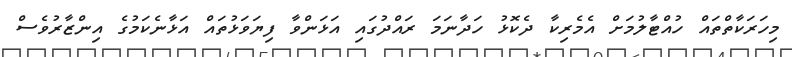
މިހަރަކާތްތައް ހުއްޓާލުމަށް އެމެރިކާ ދެކޮޅު ހަދާނަމަ ރައްދުގައި އަޅަންވާ ފިޔަވަޅުތައް އަޅާނެކަމުގެ އިންޒާރުވެސް